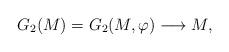
LaTeX: \begin{align*}G_2(M) = G_2(M, \varphi) \longrightarrow M,\end{align*}